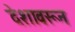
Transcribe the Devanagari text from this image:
देशावरून